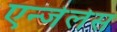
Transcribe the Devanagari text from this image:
एन्जेलेस